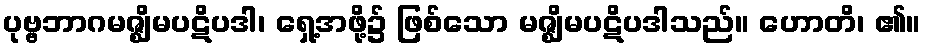
ပုဗ္ဗဘာဂမဇ္ဈိမပဋိပဒါ၊ ရှေ့အဖို့၌ ဖြစ်သော မဇ္ဈိမပဋိပဒါသည်။ ဟောတိ၊ ၏။